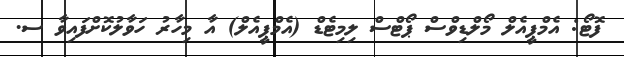
ފޮޓޯ: އެމްޕީއެލް މޯލްޑިވްސް ޕޯޓްސް ލިމިޓެޑް (އެމްޕީއެލް) އާ މިހާރު ހަވާލުކޮށްފައިވާ ސ.